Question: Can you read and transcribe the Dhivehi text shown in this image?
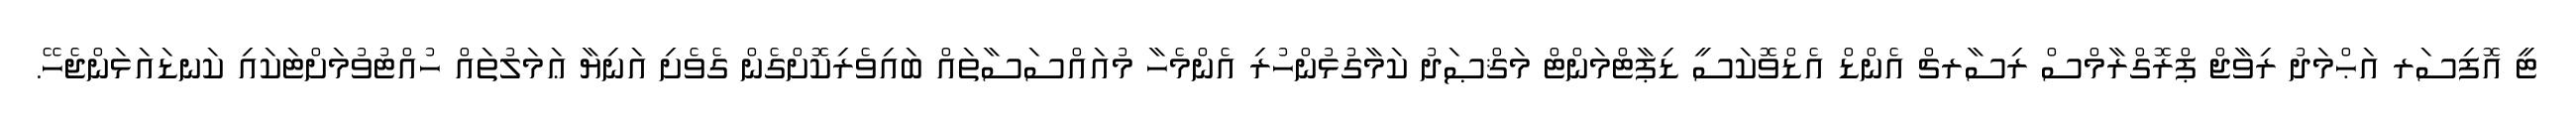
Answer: ޓީ އޮފިސަރ އަޙްމަދު ރިވާޖް ޕްރޮގްރާމްސް ރިސާރޗް އެންޑް އެޑްވޮކަސީ ޑިޕާޓްމަންޓް މަޤްޞަދު ކަމާގުޅުންހުރި އެންމެހާ މުއައްސަސާތައް ބައިވެރިކޮށްގެން ގެވެށި އަނިޔާ ޢަމަލުތައް ހުއްޓުވުމަށްޓަކައި ކަނޑައަޅަންޖެހޭ.